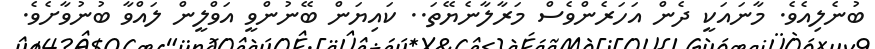
ބުނެލިއެވެ. މާނައަކީ ދެން އަހަރެންވެސް މަރާލާނެޔޭތަ.. ކައިޔަން ބޭނުންވީ އަވްލީން ލައްވާ ބުނުވާށެވެ.